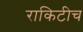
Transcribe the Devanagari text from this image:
राकिटीच